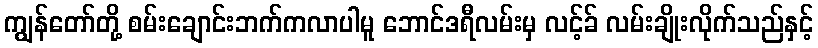
ကျွန်တော်တို့ စမ်းချောင်းဘက်ကလာပါမူ ဘောင်ဒရီလမ်းမှ လင့်ခ် လမ်းချိုးလိုက်သည်နှင့်